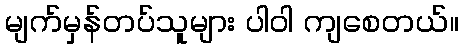
မျက်မှန်တပ်သူများ ပါဝါ ကျစေတယ်။